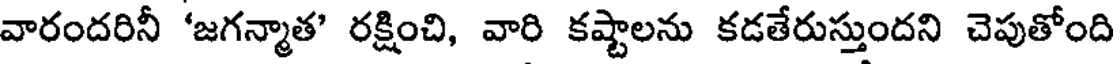
వారందరినీ 'జగన్మాత' రక్షించి, వారి కష్టాలను కడతేరుస్తుందని చెపుతోంది